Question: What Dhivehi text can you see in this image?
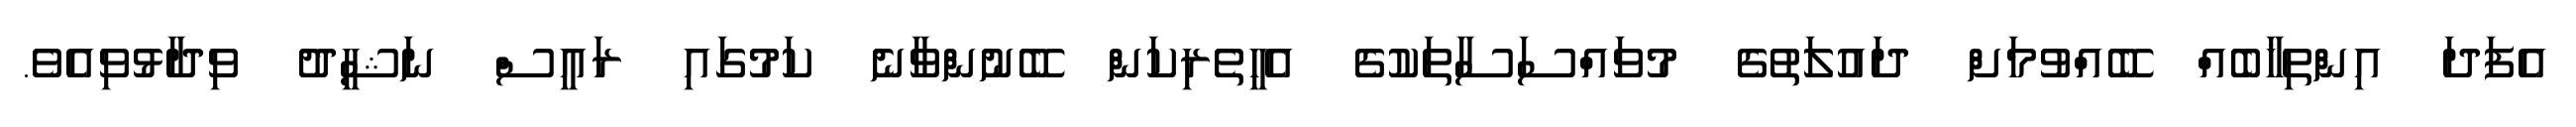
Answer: އެފަދަ އިންތިޚާބެއް ބޭއްވުމަށް ދައުލަތުގެ މުވައްސަސާތަކުގެ އެހީތެރިކަން ބޭނުންވާނެ ކަމުގައި ރައީސް ނަޝީދު ވިދާޅުވިއެވެ.